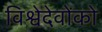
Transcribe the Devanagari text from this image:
विश्वेदेवोंको